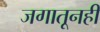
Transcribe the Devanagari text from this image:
जगातूनही